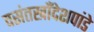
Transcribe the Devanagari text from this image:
वसंतखाँदेशपांडे